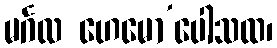
မင်္ဂလ ဟေမော’ပေါသထ၊